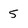
Character: 5